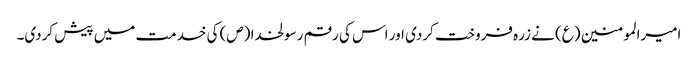
امیرالمومنین (ع) نے زرہ فروخت کردی اور اس کی رقم رسولخدا (ص) کی خدمت میں پیش کردی۔